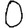
Digit: 0